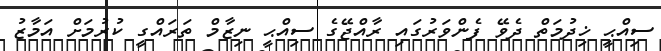
ސިއްޙީ ޚިދުމަތް ދެވޭ ފެންވަރުގައި ރާއްޖޭގެ ސިއްޙީ ނިޒާމް ތަރައްގީ ކުރުމަށް އަމާޒު